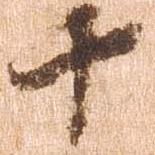
十